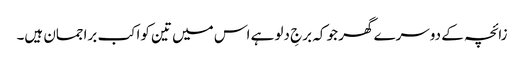
زائچہ کے دوسرے گھر جو کہ برجِ دلو ہے اس میں تین کواکب براجمان ہیں۔